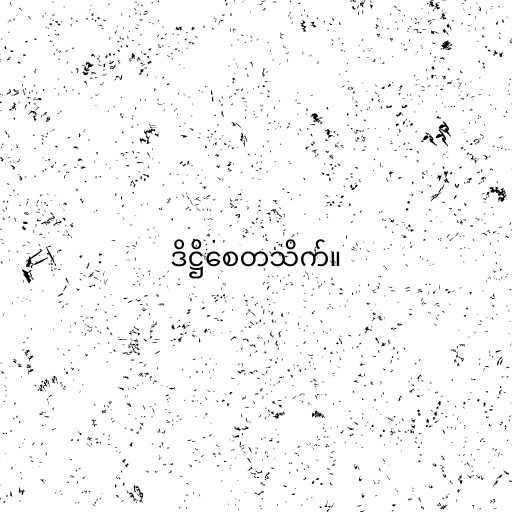
ဒိဋ္ဌိစေတသိက်။